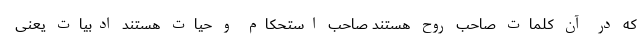
که در آن کلمات صاحب روح هستند صاحب استحکام و حیات هستند ادبیات یعنی